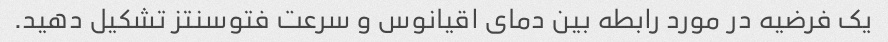
یک فرضیه در مورد رابطه بین دمای اقیانوس و سرعت فتوسنتز تشکیل دهید.